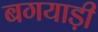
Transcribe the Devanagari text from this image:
बगयाड़ी